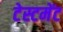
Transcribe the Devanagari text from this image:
टेस्टमेंट